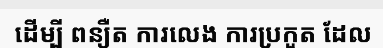
ដើម្បី ពន្យឺត ការលេង ការប្រកួត ដែល